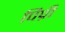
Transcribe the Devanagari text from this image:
पिप्री